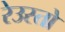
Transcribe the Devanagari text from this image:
रेउस्तो